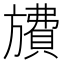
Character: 𪰂